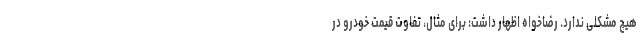
هیچ مشکلی ندارد. رضاخواه اظهار داشت: برای مثال، تفاوت قیمت خودرو در